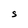
Character: S